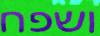
ושפח